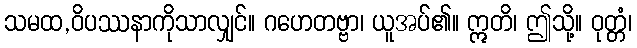
သမထ,ဝိပဿနာကိုသာလျှင်။ ဂဟေတဗ္ဗာ၊ ယူအပ်၏။ ဣတိ၊ ဤသို့။ ဝုတ္တံ၊